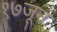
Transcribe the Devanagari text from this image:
१७जून